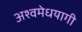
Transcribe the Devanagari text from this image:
अश्वमेधयागी